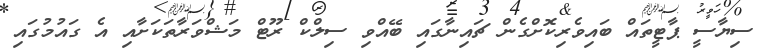
ސިޔާސީ ޕާޓީތައް ބައިވެރިކޮށްގެން ޗައިނާގައި ބޭއްވި ސިލްކް ރޫޓް މަޝްވަރާތަކަށާއި އެ ގައުމުގައި